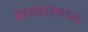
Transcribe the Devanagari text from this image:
हास्यास्पपद